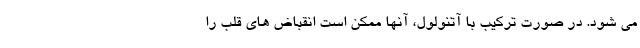
می شود. در صورت ترکیب با آتنولول، آنها ممکن است انقباض های قلب را